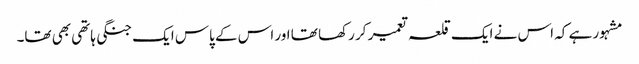
مشہور ہے کہ اس نے ایک قلعہ تعمیر کر رکھا تھا اور اس کے پاس ایک جنگی ہاتھی بھی تھا۔